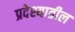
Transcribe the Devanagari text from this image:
प्रदेश्यातील